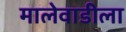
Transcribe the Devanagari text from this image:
मालेवाडीला